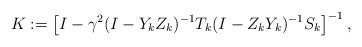
LaTeX: \begin{align*}K := \left[I- \gamma^2 (I-Y_k Z_k)^{-1}T_k(I-Z_k Y_k)^{-1}S_k\right]^{-1}, \end{align*}